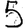
Digit: 5